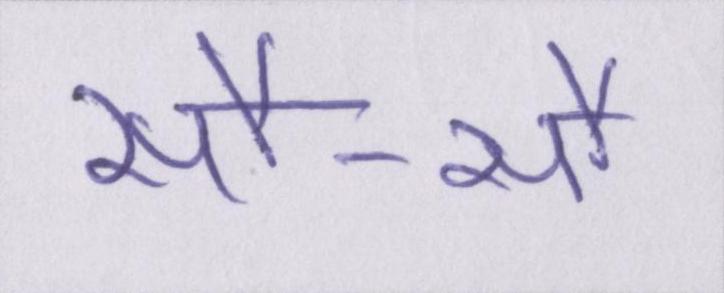
सौ-सौ